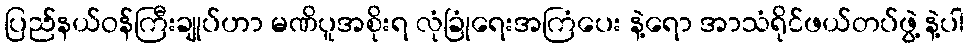
ပြည်နယ်ဝန်ကြီးချုပ်ဟာ မဏိပူအစိုးရ လုံခြုံရေးအကြံပေး နဲ့ရော အာသံရိုင်ဖယ်တပ်ဖွဲ့ နဲ့ပါ